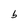
Character: b